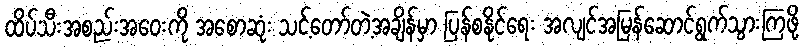
ထိပ်သီးအစည်းအဝေးကို အစောဆုံး သင့်တော်တဲ့အချိန်မှာ ပြန်စနိုင်ရေး အလျင်အမြန်ဆောင်ရွက်သွားကြဖို့